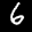
Digit: 6